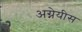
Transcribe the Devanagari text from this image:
अग्नेयीस